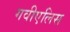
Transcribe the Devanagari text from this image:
गवीएलिस